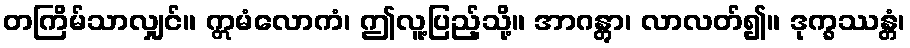
တကြိမ်သာလျှင်။ ဣမံလောကံ၊ ဤလူ့ပြည့်သို့။ အာဂန္တွာ၊ လာလတ်၍။ ဒုက္ခဿန္တံ၊